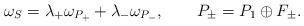
LaTeX: \begin{align*}\omega_S = \lambda_+ \omega_{P_+} + \lambda_- \omega_{P_-},\qquad P_\pm = P_1 \oplus F_\pm.\end{align*}